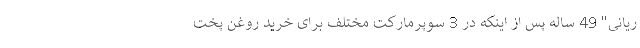
ریانی" 49 ساله پس از اینکه در 3 سوپرمارکت مختلف برای خرید روغن پخت